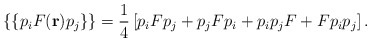
\begin{align*}\{\{p_{i}F({\bf r})p_{j}\}\} = \frac{1}{4} \left[ p_{i}Fp_{j} + p_{j}Fp_{i}+ p_{i}p_{j}F + F p_{i}p_{j} \right].\end{align*}